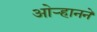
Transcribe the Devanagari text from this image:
ओऱ्हानने